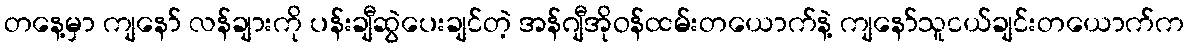
တနေ့မှာ ကျနော် လန်ချားကို ပန်းချီဆွဲပေးချင်တဲ့ အန်ဂျီအိုဝန်ထမ်းတယောက်နဲ့ ကျနော်သူငယ်ချင်းတယောက်က